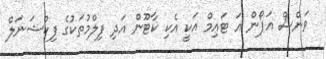
ވަންސް އަޕޯން އަ ޓައިމް އަކީ އެކި ކާޓޫން އަދި ފިލްމުތަކުގެ ފިކްޝަނަލް